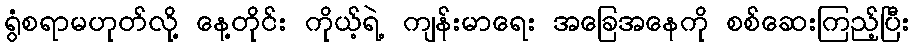
ရွံစရာမဟုတ်လို့ နေ့တိုင်း ကိုယ့်ရဲ့ ကျန်းမာရေး အခြေအနေကို စစ်ဆေးကြည့်ပြီး